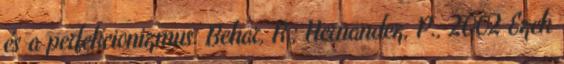
és a perfekcionizmus. Behar, R.; Hernandez, P., 2002 Ezek